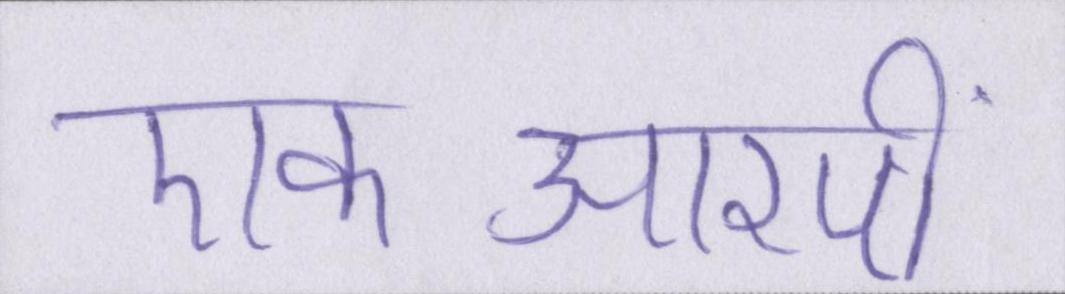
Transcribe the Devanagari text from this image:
एफआरपी